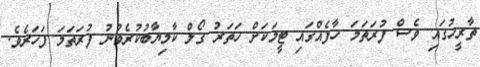
ތާރީހުގައި ވެސް ފުރަތަމަ ހާފެއްގައި ޓީމަކަށް ހަތަރު ގޯލް ކާމިޔާބުކުރެވުނު ފުރަތަމަ ފަހަރެވެ.